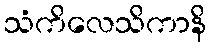
သံကိလေသိကာနိ